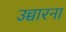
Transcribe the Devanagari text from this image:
उच्चारना